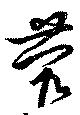
蓿